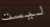
ليست